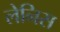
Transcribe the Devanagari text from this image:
लेनिस